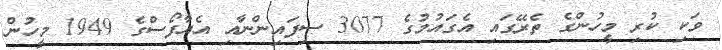
ވަކި ކުރި މީހުންގެ ތެރޭގައި އެގައުމުގެ 3077 ސިފައިންނާއި އެއާފޯސްގެ 1949 މީހުން